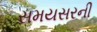
સમયસરની